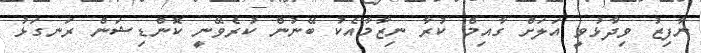
ނާފިޒު ވިދާޅުވީ އަލަށް ގާއިމް ކުރާ ނިޒާމާއެކު ބޭނުން ކުރެވޭނީ ކޮންޑިޝަން ރަނގަޅު